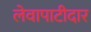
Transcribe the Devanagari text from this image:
लेवापाटीदार